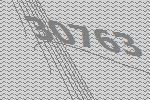
30763